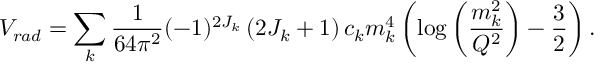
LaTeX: { \cal V } _ { r a d } = \sum _ { k } \frac { 1 } { 6 4 \pi ^ { 2 } } ( - 1 ) ^ { 2 J _ { k } } \left( 2 J _ { k } + 1 \right) c _ { k } m _ { k } ^ { 4 } \left( \log \left( \frac { m _ { k } ^ { 2 } } { Q ^ { 2 } } \right) - \frac { 3 } { 2 } \right) .